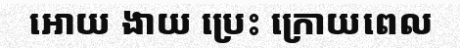
អោយ ងាយ ប្រេះ ក្រោយពេល